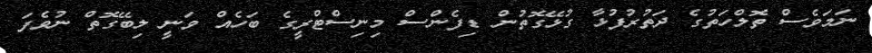
ނަމަވެސް ތޮލްހަތުގެ ދަތުރުފުޅާ ގުޅޭގޮތުން ޑިފެންސް މިނިސްޓްރީގެ ބަހެއް ވަނީ ލިބޭގޮތް ނުވެފަ